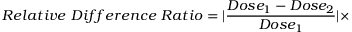
R e l a t i v e \ D i f f e r e n c e \ R a t i o = | \frac { D o s e _ { 1 } - D o s e _ { 2 } } { D o s e _ { 1 } } | \times \